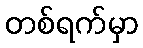
တစ်ရက်မှာ